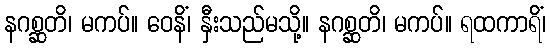
နဂစ္ဆတိ၊ မကပ်။ ဝေနိံ၊ နှီးသည်မသို့။ နဂစ္ဆတိ၊ မကပ်။ ရထကာရိံ၊